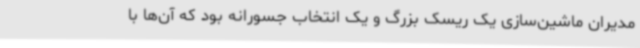
مدیران ماشین‌سازی یک ریسک بزرگ و یک انتخاب جسورانه بود که آن‌ها با